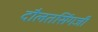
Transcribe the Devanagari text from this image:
दौलतसिंगजी